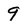
Character: 9